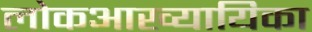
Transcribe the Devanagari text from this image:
लोकआख्यायिका